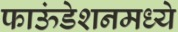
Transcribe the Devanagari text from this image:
फाऊंडेशनमध्ये